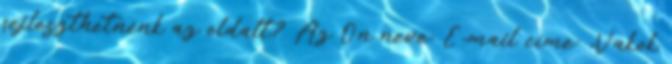
fejleszthetnénk az oldalt? Az Ön neve: E-mail címe: „Vakok